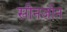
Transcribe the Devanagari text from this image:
सीनजॉन